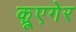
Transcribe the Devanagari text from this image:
क्रूएगेर